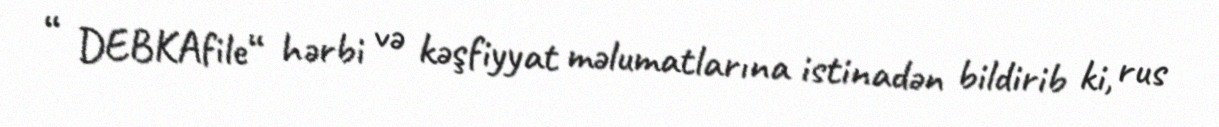
“ DEBKAfile“ hərbi və kəşfiyyat məlumatlarına istinadən bildirib ki, rus